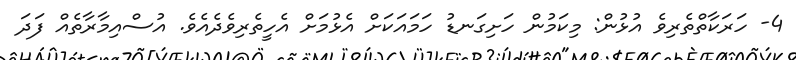
4- ހަރަކާތްތެރިވެ އުޅުން: މިކަމުން ހަށިގަނޑު ހަމައަކަށް އެޅުމަށް އެހީތެރިވެދެއެވެ. އުސްއިމާރާތެއް ފަދަ